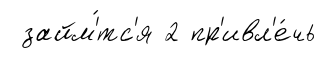
займ'́тс'я 2 пр'ивл'е́чь